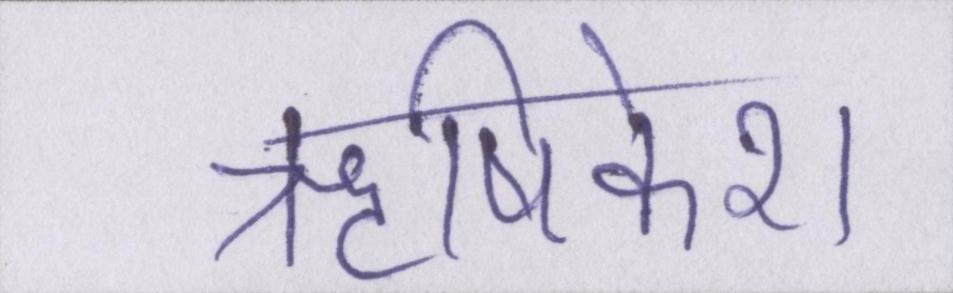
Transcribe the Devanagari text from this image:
ॠषिकेश